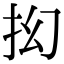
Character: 抝